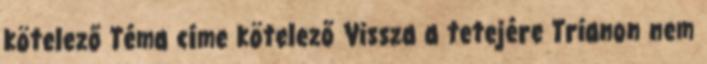
kötelező Téma címe kötelező Vissza a tetejére Trianon nem